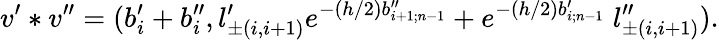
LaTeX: v^{\prime}*v^{\prime\prime}=(b_{i}^{\prime}+b_{i}^{\prime\prime},l_{\pm(i,i+1)}^{\prime}e^{-(h/2)b_{i+1;n-1}^{\prime\prime}}+e^{-(h/2)b_{i;n-1}^{\prime}}\; l_{\pm(i,i+1)}^{\prime\prime}).